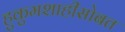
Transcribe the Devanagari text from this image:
हुकुमशाहीसोबत